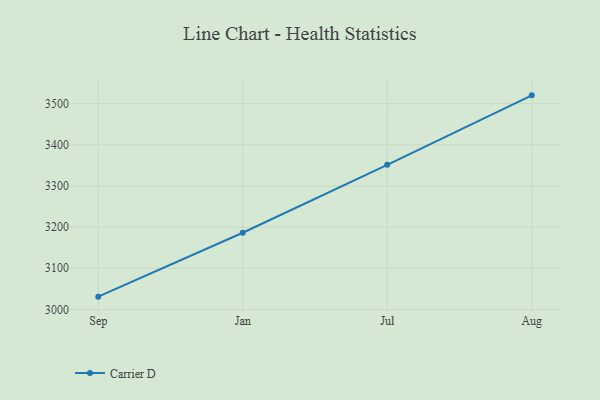
{"axis": {"x": "Month", "y": "Bounce Rate (%)"}, "legend": ["Carrier D"], "data": [{"x": "Sep", "y": 3031.1, "type": "Carrier D"}, {"x": "Jan", "y": 3186.3, "type": "Carrier D"}, {"x": "Jul", "y": 3351.4, "type": "Carrier D"}, {"x": "Aug", "y": 3520.1, "type": "Carrier D"}]}